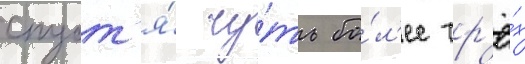
спуст'я́ чу́ть бо́л'ее тр'ё́х